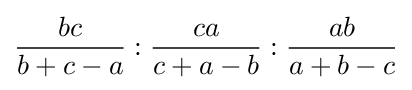
{\frac {bc}{b+c-a}}:{\frac {ca}{c+a-b}}:{\frac {ab}{a+b-c}}